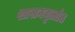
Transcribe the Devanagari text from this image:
शासनवृत्तांत